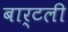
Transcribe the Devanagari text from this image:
बार्टली